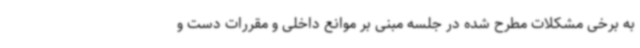
به برخی مشکلات مطرح شده در جلسه مبنی بر موانع داخلی و مقررات دست و